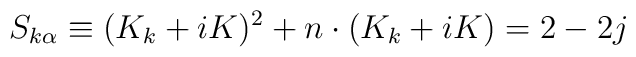
S_{k\alpha }\equiv (K_{k}+iK)^{2}+n\cdot (K_{k}+iK)=2-2j